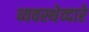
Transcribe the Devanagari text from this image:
व्यवस्थेव्दारे